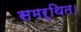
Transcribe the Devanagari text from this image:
समर्थित।